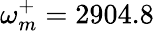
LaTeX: \omega_{m}^{+}=2904.8